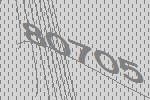
80705